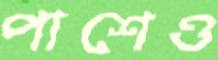
পাশেও